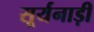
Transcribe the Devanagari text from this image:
सूर्यनाड़ी